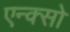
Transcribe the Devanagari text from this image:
एन्क्सो